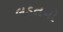
લડતનો